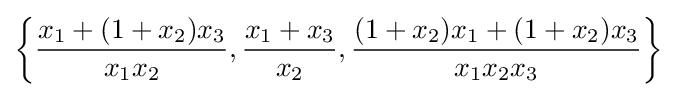
\left\{{\frac {x_{1}+(1+x_{2})x_{3}}{x_{1}x_{2}}},{\frac {x_{1}+x_{3}}{x_{2}}},{\frac {(1+x_{2})x_{1}+(1+x_{2})x_{3}}{x_{1}x_{2}x_{3}}}\right\}